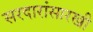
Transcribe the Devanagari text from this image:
सरदारांसारखी